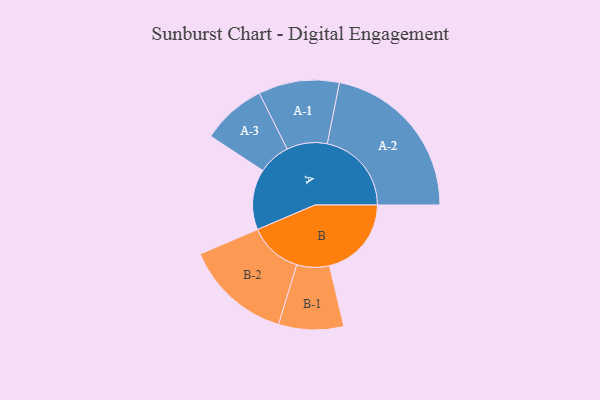
{"axis": {"x": "Segment", "y": "Value"}, "legend": ["", "A", "B"], "data": [{"x": "A", "y": 214, "type": ""}, {"x": "B", "y": 290, "type": ""}, {"x": "A-1", "y": 143, "type": "A"}, {"x": "A-2", "y": 298, "type": "A"}, {"x": "A-3", "y": 114, "type": "A"}, {"x": "B-1", "y": 115, "type": "B"}, {"x": "B-2", "y": 189, "type": "B"}]}